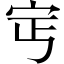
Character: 𡧎